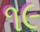
૧૯